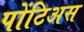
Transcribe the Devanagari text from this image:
पोंटिअस